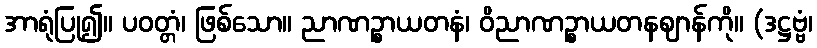
အာရုံပြု၍။ ပဝတ္တံ၊ ဖြစ်သော။ ညာဏဉ္စာယတနံ၊ ဝိညာဏဉ္စာယတနဈာန်ကို။ (ဒဋ္ဌဗ္ဗံ၊